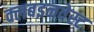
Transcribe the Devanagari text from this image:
क्लबइनवेस्ट